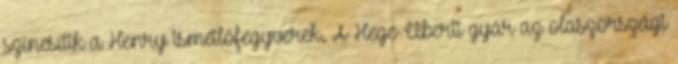
színesítik a Henry ismétlőfegyverek. A Hege-Uberti gyár az olaszországi